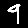
Digit: 9